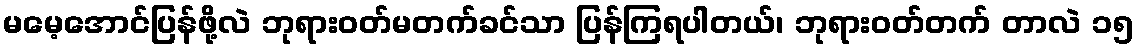
မမေ့အောင်ပြန်ဖို့လဲ ဘုရားဝတ်မတက်ခင်သာ ပြန်ကြရပါတယ်၊ ဘုရားဝတ်တက် တာလဲ ၁၅